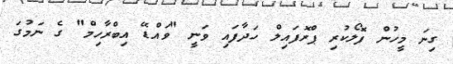
ގިނަ މީހުން ފޮލޯކުރި ޕްރޮފައިލް ހަދާފައި ވަނީ "ވައްޑޭ އިބްރާހިމް" ގެ ނަމުގަ